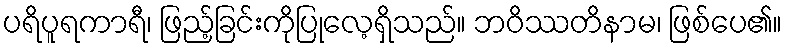
ပရိပူရကာရီ၊ ဖြည့်ခြင်းကိုပြုလေ့ရှိသည်။ ဘဝိဿတိနာမ၊ ဖြစ်ပေ၏။